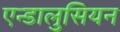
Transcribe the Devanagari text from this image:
एन्डालुसियन